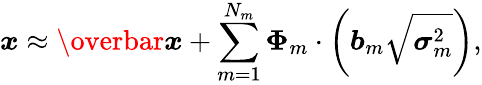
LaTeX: \boldsymbol{x}\approx\boldsymbol{\overbar{x}}+\sum_{m=1}^{N_{m}}\boldsymbol{\Phi}_{m}\cdot\left(\boldsymbol{b}_{m}\sqrt{\boldsymbol{\sigma}_{m}^{2}}\right),